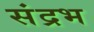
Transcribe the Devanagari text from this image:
संद्रभ